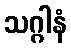
သဂ္ဂါနံ